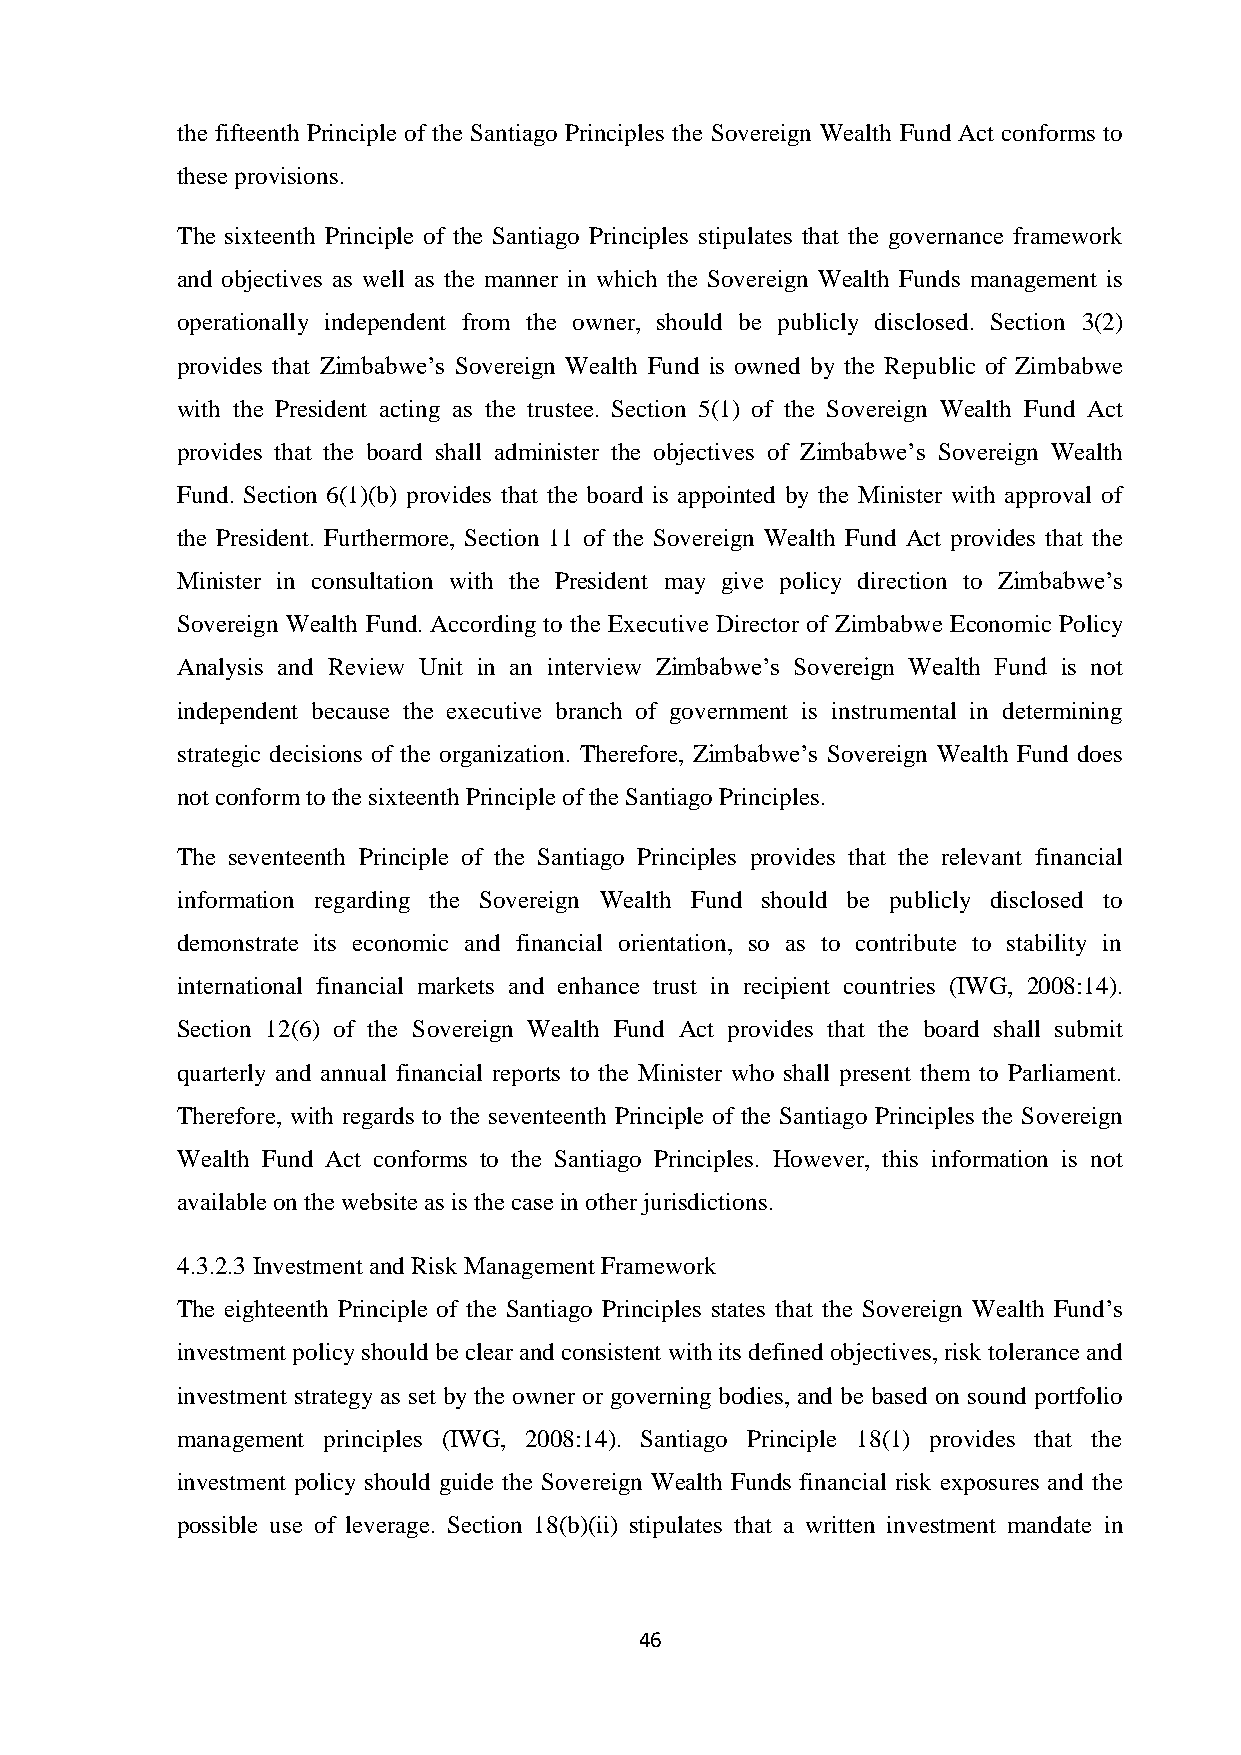
the fifteenth Principle of the Santiago Principles the Sovereign Wealth Fund Act conforms to
 these provisions.
 The sixteenth Principle of the Santiago Principles stipulates that the governance framework
 and objectives as well as the manner in which the Sovereign Wealth Funds management is
 operationally independent from the owner, should be publicly disclosed. Section 3(2)
 provides that Zimbabwe’s Sovereign Wealth Fund is owned by the Republic of Zimbabwe
 with the President acting as the trustee. Section 5(1) of the Sovereign Wealth Fund Act
 provides that the board shall administer the objectives of Zimbabwe’s Sovereign Wealth
 Fund. Section 6(1)(b) provides that the board is appointed by the Minister with approval of
 the President. Furthermore, Section 11 of the Sovereign Wealth Fund Act provides that the
 Minister in consultation with the President may give policy direction to Zimbabwe’s
 Sovereign Wealth Fund. According to the Executive Director of Zimbabwe Economic Policy
 Analysis and Review Unit in an interview Zimbabwe’s Sovereign Wealth Fund is not
 independent because the executive branch of government is instrumental in determining
 strategic decisions of the organization. Therefore, Zimbabwe’s Sovereign Wealth Fund does
 not conform to the sixteenth Principle of the Santiago Principles.
 The seventeenth Principle of the Santiago Principles provides that the relevant financial
 information regarding the Sovereign Wealth Fund should be publicly disclosed to
 demonstrate its economic and financial orientation, so as to contribute to stability in
 international financial markets and enhance trust in recipient countries (IWG, 2008:14).
 Section 12(6) of the Sovereign Wealth Fund Act provides that the board shall submit
 quarterly and annual financial reports to the Minister who shall present them to Parliament.
 Therefore, with regards to the seventeenth Principle of the Santiago Principles the Sovereign
 Wealth Fund Act conforms to the Santiago Principles. However, this information is not
 available on the website as is the case in other jurisdictions.
 4.3.2.3 Investment and Risk Management Framework
 The eighteenth Principle of the Santiago Principles states that the Sovereign Wealth Fund’s
 investment policy should be clear and consistent with its defined objectives, risk tolerance and
 investment strategy as set by the owner or governing bodies, and be based on sound portfolio
 management principles (IWG, 2008:14). Santiago Principle 18(1) provides that the
 investment policy should guide the Sovereign Wealth Funds financial risk exposures and the
 possible use of leverage. Section 18(b)(ii) stipulates that a written investment mandate in
 46